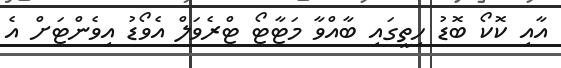
އާއި ކޮކޯ ބޮޑު ހިތީގައި ބާއްވާ މަޓާޓޯ ޓްރެވަލް އެވޯޑު އިވެންޓަށް އެ